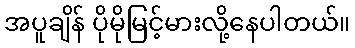
အပူချိန် ပိုမိုမြင့်မားလို့နေပါတယ်။